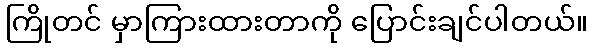
ကြိုတင် မှာကြားထားတာကို ပြောင်းချင်ပါတယ်။